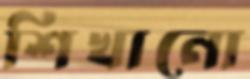
শিখানো